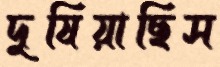
দুষিয়াছিস